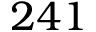
2 4 1